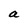
Character: a